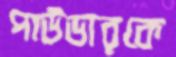
পাউডারকে